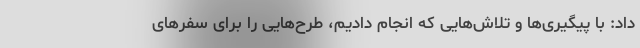
داد: با پیگیری‌ها و تلاش‌هایی که انجام دادیم، طرح‌هایی را برای سفرهای